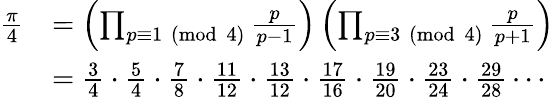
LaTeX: {\begin{array}{rl}{{\frac{\pi}{4}}}&{=\left(\prod_{p\equiv 1{\pmod{4}}}{\frac{p}{p-1}}\right)\left(\prod_{p\equiv 3{\pmod{4}}}{\frac{p}{p+1}}\right)}\\ &{={\frac{3}{4}}\cdot{\frac{5}{4}}\cdot{\frac{7}{8}}\cdot{\frac{11}{12}}\cdot{\frac{13}{12}}\cdot{\frac{17}{16}}\cdot{\frac{19}{20}}\cdot{\frac{23}{24}}\cdot{\frac{29}{28}}\cdots}\end{array}}